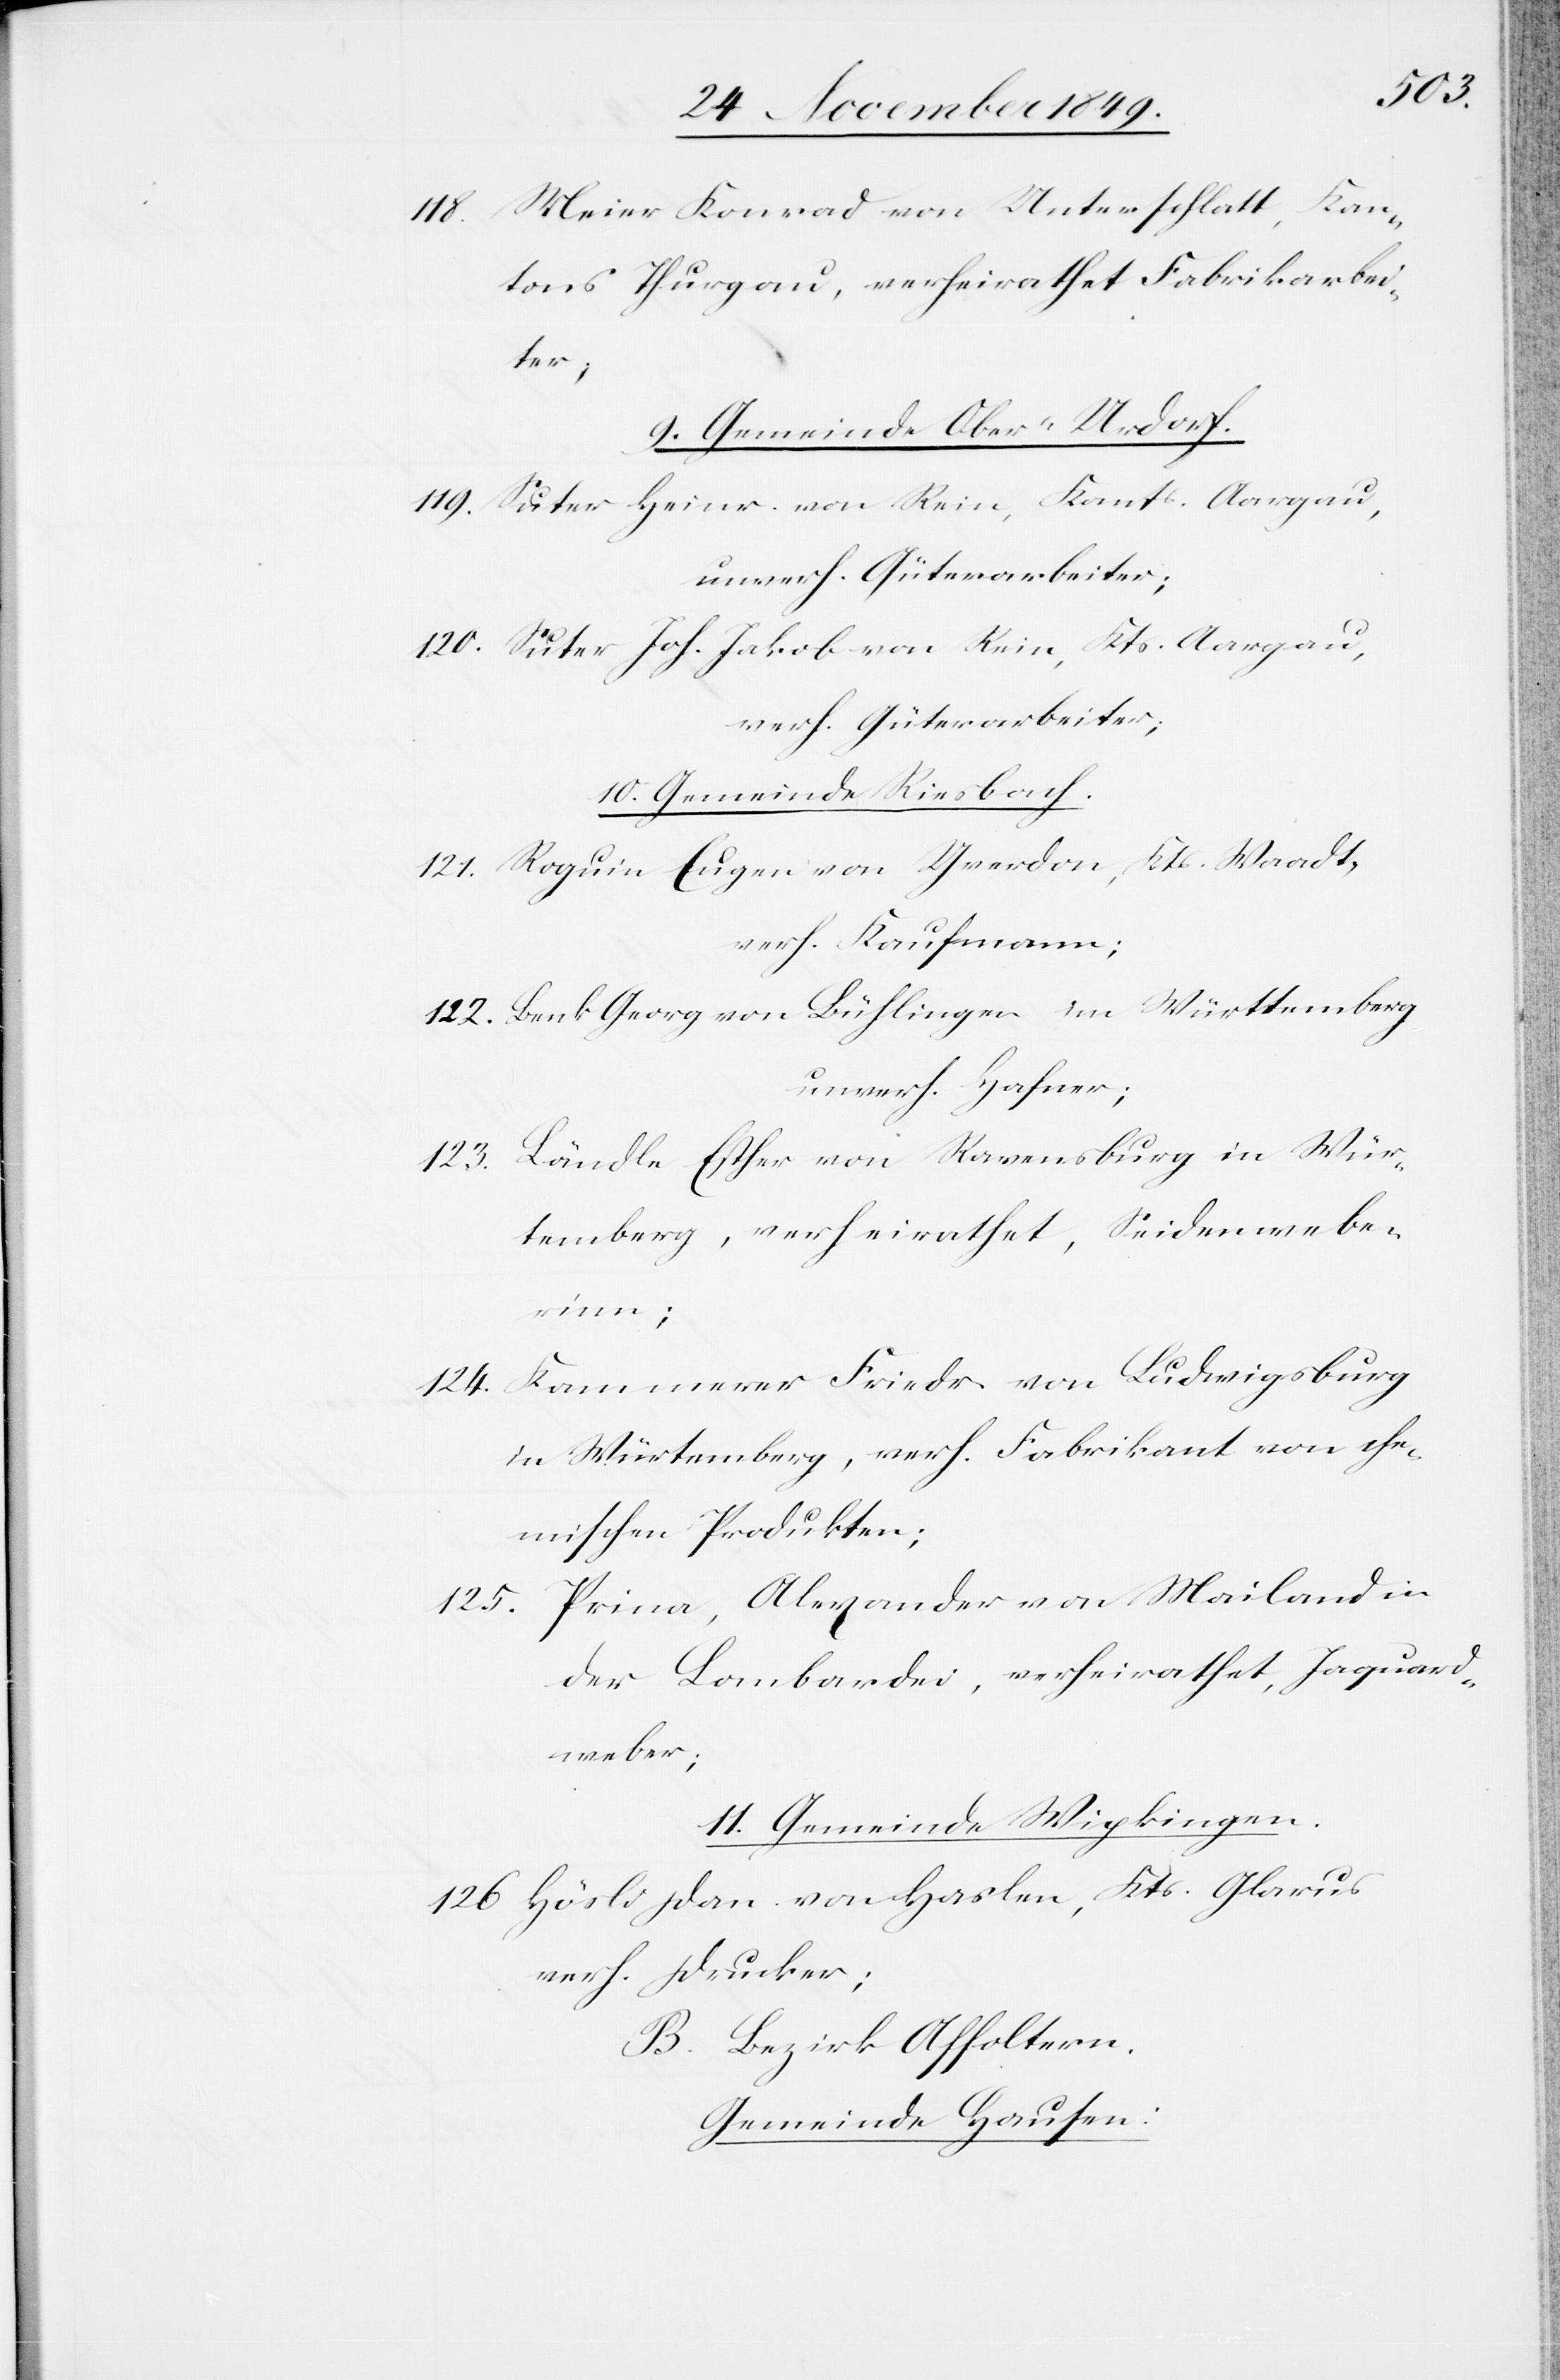
118. Meier Konrad von Unterschlatt, Kan¬
tons Thurgau, verheirathet Fabrikarbei¬
ter;
9. Gemeinde Ober-Urdorf.
119. Suter Heinr. von Rein, Kants. Aargau,
unverh. Güterarbeiter;
120. Suter Joh. Jakob von Rein, Kts. Aargau,
verh. Güterarbeiter.
10. Gemeinde Riesbach.
121. Roquin Eugen von Yverdon, Kts. Waadt,
verh. Kaufmann;
122. Benk Georg von Bühlingen im [sic!] Württemberg
unverh. Hafner;
123. Ländle Esther von Ravensburg in Wür¬
temberg, verheirathet, Seidenwebe¬
rinn;
124. Kammerer Friedr. von Ludwigsburg
in Würtemberg, verh. Fabrikant von che¬
mischen Produkten.
125. Prina, Alexander von Mailand in
der Lombardei, verheirathet, Jaquard¬
weber;
11. Gemeinde Wipkingen.
126. Hösli Dan. von Haslen, Kts. Glarus
verh. Drucker;
B. Bezirk Affoltern.
Gemeinde Hausen: